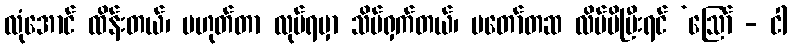
လုံအောင် ထိန်းတယ်၊ မဟုတ်တာ လုပ်ရမှာ သိပ်ရှက်တယ်၊ မတော်တဆ လိမ်မိပြီးရင် ‘ဩော် - ငါ